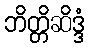
ဘိတ္တိဆိဒ္ဒံ